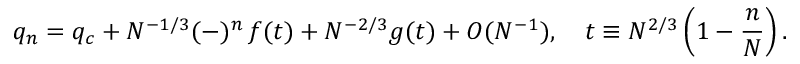
q _ { n } = q _ { c } + N ^ { - 1 / 3 } ( - ) ^ { n } \, f ( t ) + N ^ { - 2 / 3 } g ( t ) + O ( N ^ { - 1 } ) , \ \ \ t \equiv N ^ { 2 / 3 } \left( 1 - \frac { n } { N } \right) .